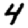
Digit: 4